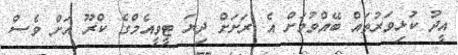
އީދު ކުޅިވަރުތައް ބޭއްވުމަށް އެ ރަށަށް ދިޔަ ޓީވީއެމްގެ ކްރޫ އަށް ވެސް